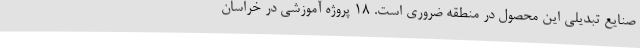
صنایع تبدیلی این محصول در منطقه ضروری است. 18 پروژه آموزشی در خراسان